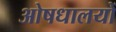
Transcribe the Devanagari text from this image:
ओषधालयों